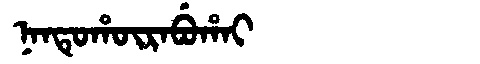
Manchu: ᠨᠠᠨᡨᡠᡥᡡᡵᠠᠪᡠᡥᠠᡳ
Romanization: NANTUHŪRABUHAI